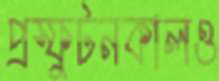
প্রস্ফুটনকালও